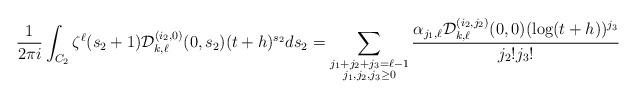
LaTeX: \begin{align*} \frac{1}{2 \pi i} \int_{C_2} \zeta^{\ell}(s_2+1) \mathcal{D}_{k,\ell}^{(i_2,0)}(0,s_2) (t+h)^{s_2} ds_2 = \sum_{\substack{j_1+j_2 +j_3 = \ell-1 \\ j_1,j_2,j_3 \ge 0}} \frac{\alpha_{j_1,\ell} \mathcal{D}_{k,\ell}^{(i_2,j_2)}(0,0) (\log (t+h))^{j_3}}{j_{2}! j_{3}!}\end{align*}